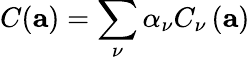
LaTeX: C(\textbf{a})=\sum_{\nu}\alpha_{\nu}C_{\nu}\left(\textbf{a}\right)